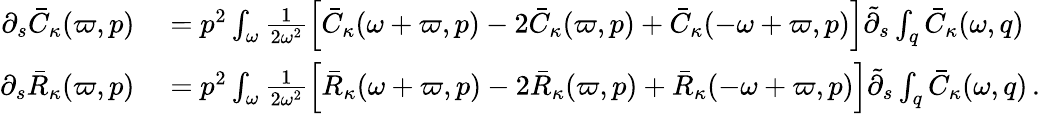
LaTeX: \begin{array}{rl}{\partial_{s}\bar{C}_{\kappa}(\varpi,p)}&{{}=p^{2}\int_{\omega}\frac{1}{2\omega^{2}}\Big[\bar{C}_{\kappa}(\omega+\varpi,p)-2\bar{C}_{\kappa}(\varpi,p)+\bar{C}_{\kappa}(-\omega+\varpi,p)\Big]\tilde{\partial}_{s}\int_{q}\bar{C}_{\kappa}(\omega,q)}\\ {\partial_{s}\bar{R}_{\kappa}(\varpi,p)}&{{}=p^{2}\int_{\omega}\frac{1}{2\omega^{2}}\Big[\bar{R}_{\kappa}(\omega+\varpi,p)-2\bar{R}_{\kappa}(\varpi,p)+\bar{R}_{\kappa}(-\omega+\varpi,p)\Big]\tilde{\partial}_{s}\int_{q}\bar{C}_{\kappa}(\omega,q)\, .}\end{array}